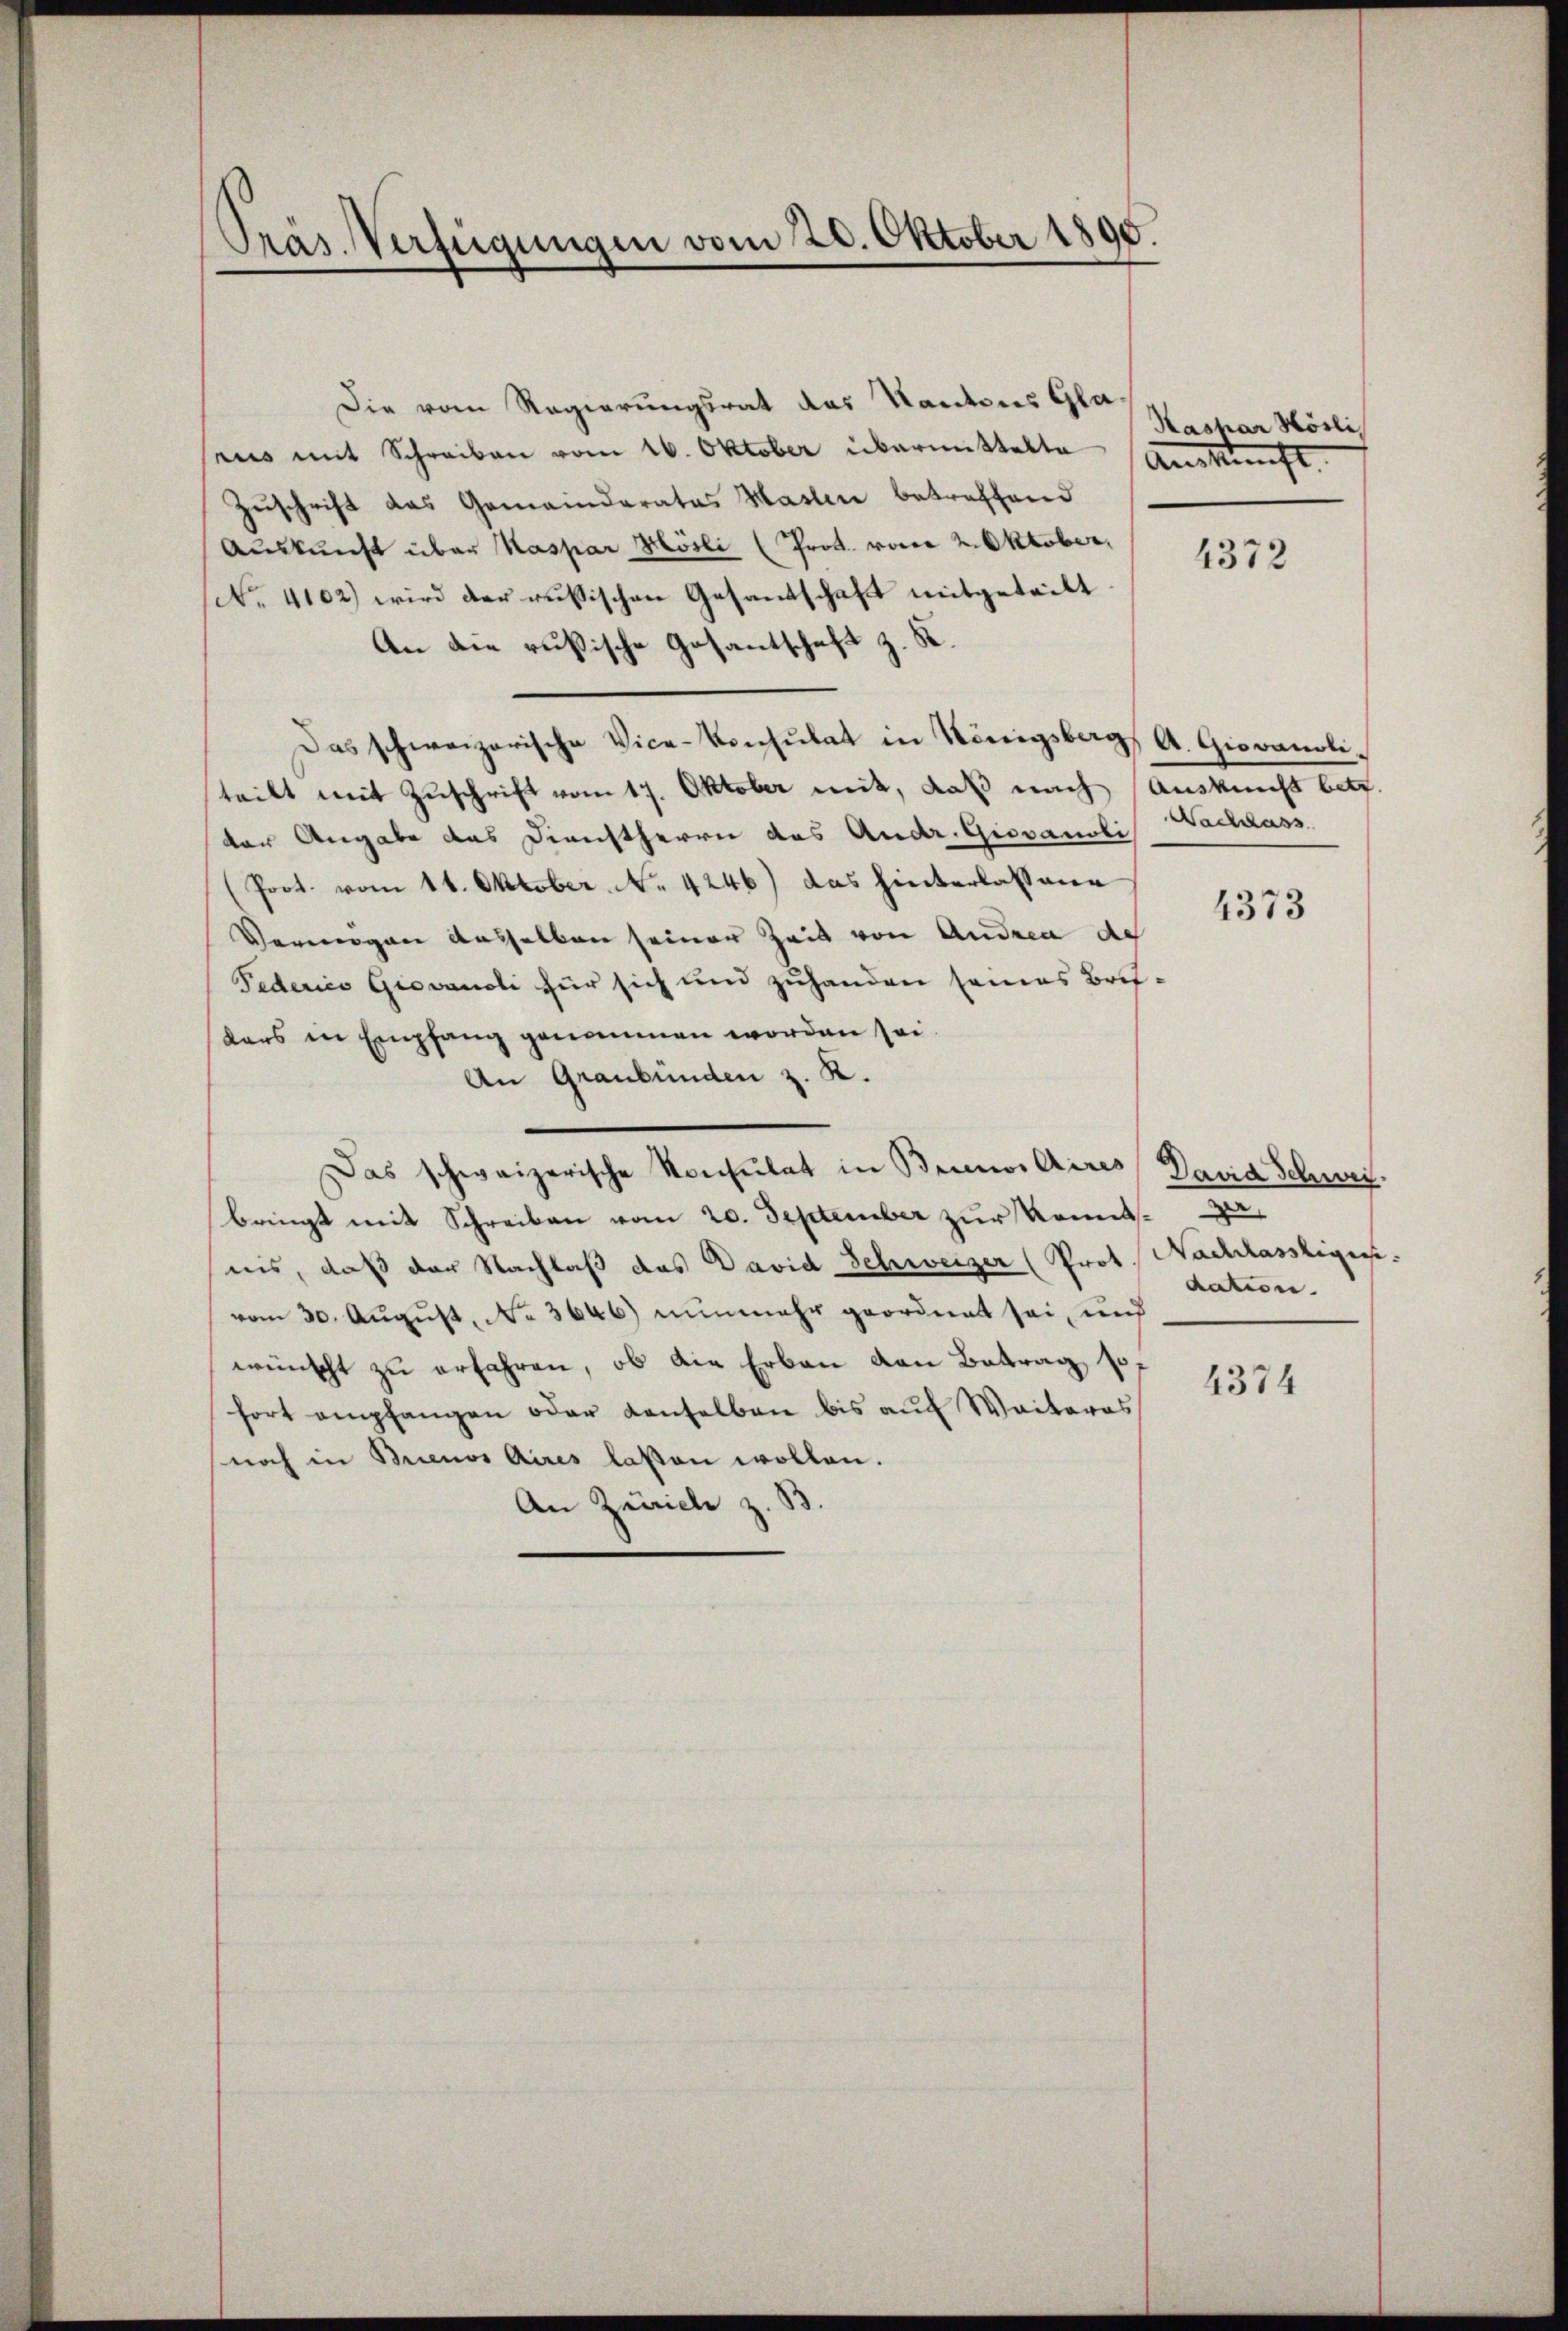
Präs. Verfügungen vom 20. Oktober 1890.

Die vom Regierungsrat das Kantons Glasens mit Schreiben vom 16. Oktober übermittelte Auskunft.
Zuschrift das Gemeinderates Haslin betreffend
Auskunft über Kaspar Mösli (Prot. von 2. Oktober,
No. 4102) wird der russischen Gesantschaft mitgeteilt
An die russische Gesantschaft z. B.
Das schweizerische Vice-Konsulat in Königsberg, A. Giovanoliteilt mit Zuschrift vom 17. Oktober mit, daß nach Auskunft betr.
der Angabe das Dienstherrn des Andr. Giovanoli
(Prot. vom 11. Oktober. No. 4246) das hinterlassene
Vermögen desselben seiner Zeit von Andrea de
Federico Giovanoli für sich und zuhanden seines Brifders in Empfang genommen worden sei.
An Graubünden z. R.
Das schweizerische Konsulat in Brinos Aires David Schweibringt mit Schreiben vom 20. September zur Komitnis, daß der Nachlaß das David Schweizer (Prot. Nachlassige
vom 30. August, No 3646) nunmehr geordnet sei, und
wünscht zu erfahren, ob die Erbau von Betrag sofort empfangen oder denselben bis auf Waiteres
noch in Brienos Aires laßen wollen.
An Zürich z. B.

Kashar Hösli

4372

Nachlass

4373

d
dation. |

4374